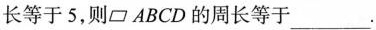
长等于5，则\parallelogram ABCD的周长等于___.